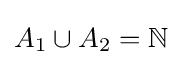
A_{1}\cup A_{2}=\mathbb {N}